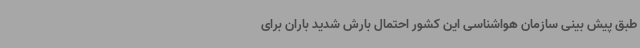
طبق پیش بینی سازمان هواشناسی این کشور احتمال بارش شدید باران برای